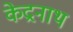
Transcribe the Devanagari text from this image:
केद्रनाथ